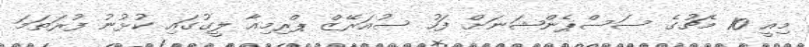
މިއީ 10 މެޗުގެ ސަސްޕެންޝަނަށް ފަހު ސުއަރޭޒް ޕްރިމިއާ ލީގުގައި ކުޅުނު ފުރަތަމަ